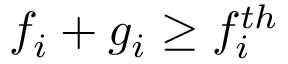
f _ { i } + g _ { i } \ge f _ { i } ^ { t h }